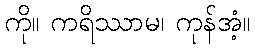
ကို။ ကရိဿာမ၊ ကုန်အံ့။